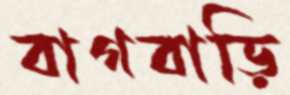
বাগবাড়ি